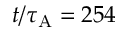
t / \tau _ { \mathrm { { A } } } = 2 5 4